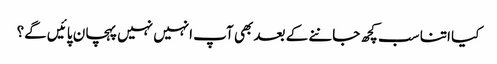
کیا اتنا سب کچھ جاننے کے بعد بھی آپ انہیں نہیں پہچان پائیں گے؟